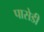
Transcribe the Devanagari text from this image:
पासेडी